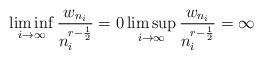
LaTeX: \begin{align*}\liminf_{i\to\infty}\frac{w_{n_i}}{n_i^{r-\frac{1}{2}}} = 0 \limsup_{i\to\infty}\frac{w_{n_i}}{n_i^{r-\frac{1}{2}}} = \infty\end{align*}